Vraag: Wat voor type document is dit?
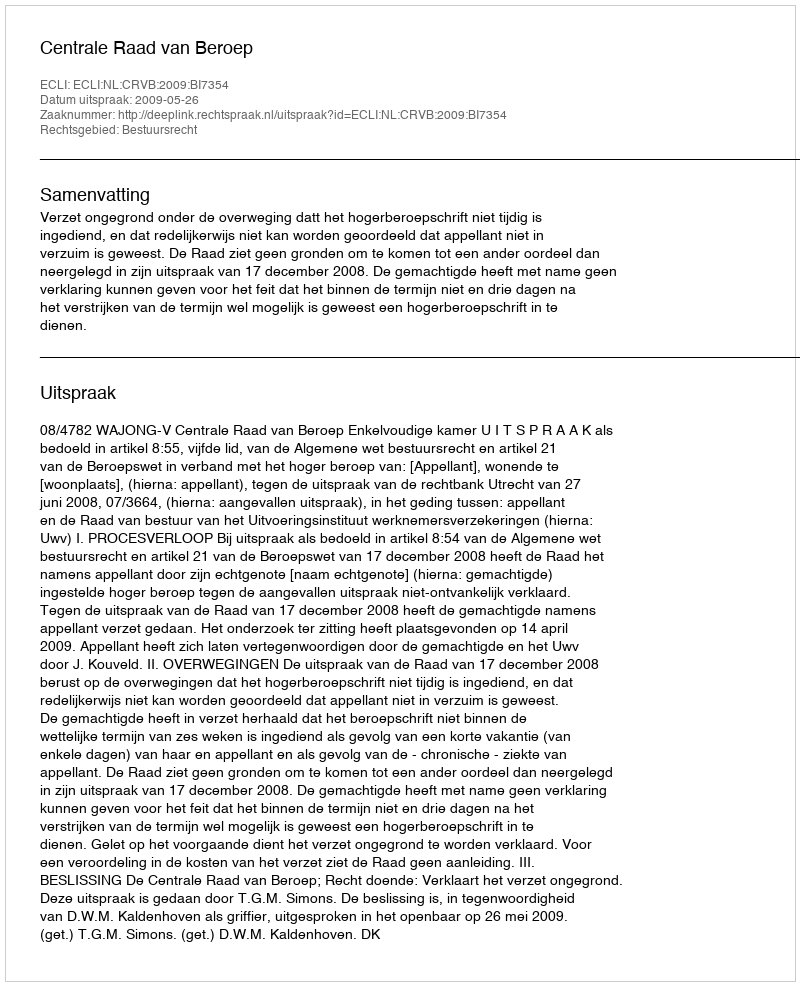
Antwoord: Uitspraak